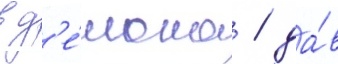
в д'е́мона / да́в